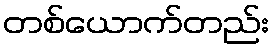
တစ်ယောက်တည်း